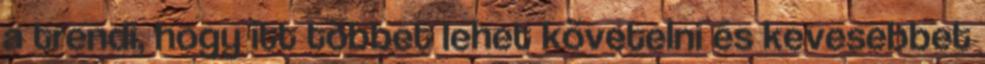
a trendi, hogy itt többet lehet követelni és kevesebbet